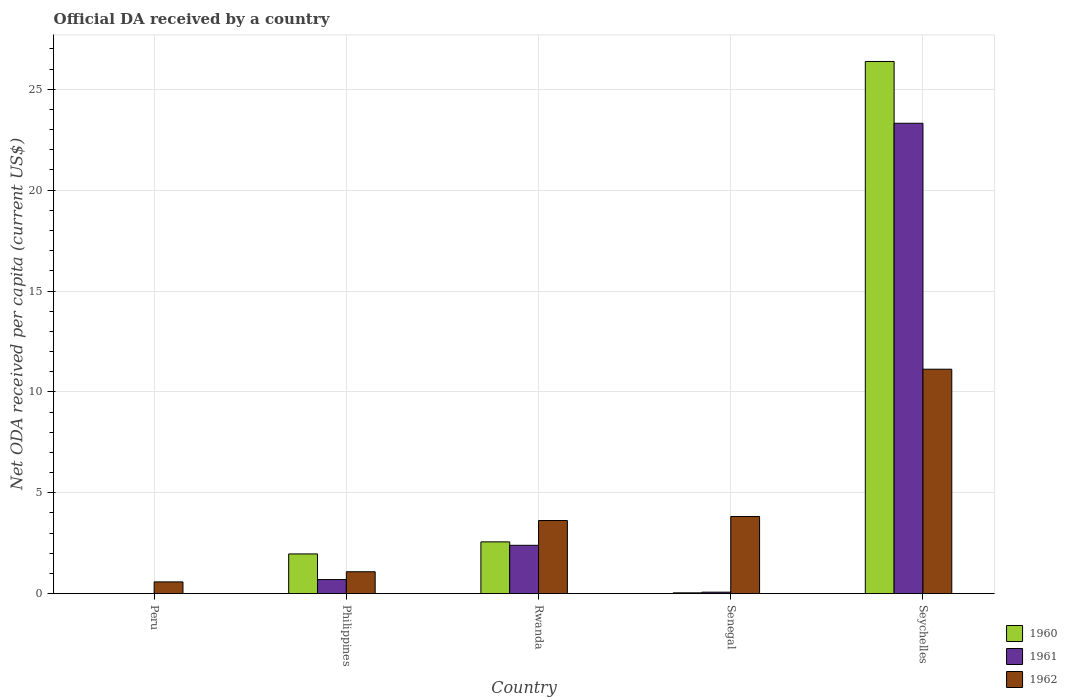
| Country | 1960 | 1961 | 1962 |
 | --- | --- | --- | --- |
 | Peru | -1.18 | -1.97 | 0.583 |
 | Philippines | 1.97 | 0.699 | 1.09 |
 | Rwanda | 2.57 | 2.4 | 3.63 |
 | Senegal | 0.0409 | 0.0735 | 3.83 |
 | Seychelles | 26.4 | 23.3 | 11.1 |